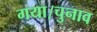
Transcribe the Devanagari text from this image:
गया।चुनाव